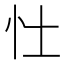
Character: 𪫞